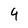
Character: 4